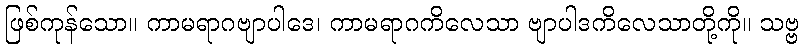
ဖြစ်ကုန်သော။ ကာမရာဂဗျာပါဒေ၊ ကာမရာဂကိလေသာ ဗျာပါဒကိလေသာတို့ကို။ သဗ္ဗ